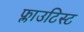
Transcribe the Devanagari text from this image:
फ्लाउटिस्ट